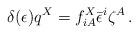
LaTeX: \begin{align*}\delta (\epsilon ) q^X= f^X_{iA}\bar \epsilon ^i\zeta ^A\,. \end{align*}